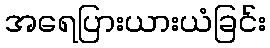
အရေပြားယားယံခြင်း